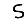
Digit: 5